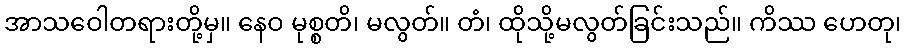
အာသဝေါတရားတို့မှ။ နေဝ မုစ္စတိ၊ မလွတ်။ တံ၊ ထိုသို့မလွတ်ခြင်းသည်။ ကိဿ ဟေတု၊